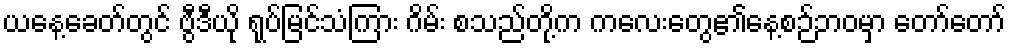
ယနေ့ခေတ်တွင် ဗွီဒီယို ရုပ်မြင်သံကြား ဂိမ်း စသည်တို့က ကလေးတွေ၏နေ့စဉ်ဘဝမှာ တော်တော်